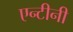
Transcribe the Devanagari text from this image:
एन्टीनी